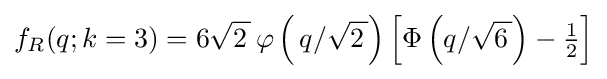
f_{R}(q;k=3)=6{\sqrt {2\,}}\,\varphi \left(\,q/{\sqrt {2\,}}\right)\left[\Phi \left(q/{\sqrt {6\,}}\right)-{\tfrac {1}{2}}\right]